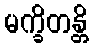
မက္ခိတန္တိ